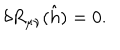
\delta R _ { \mu \nu } ( \hat { h } ) = 0 .